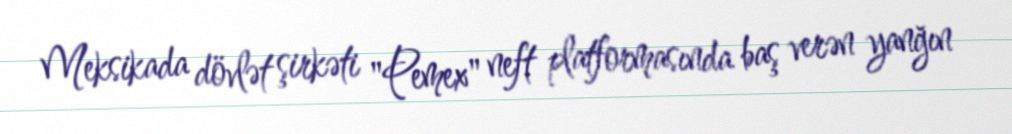
Meksikada dövlət şirkəti "Pemex" neft platformasında baş verən yanğın